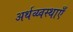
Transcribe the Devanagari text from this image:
अर्थव्य्वस्थाएँ